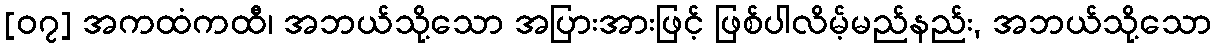
[၀၇] အကထံကထီ၊ အဘယ်သို့သော အပြားအားဖြင့် ဖြစ်ပါလိမ့်မည်နည်း, အဘယ်သို့သော